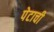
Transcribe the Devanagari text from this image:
पेटाची